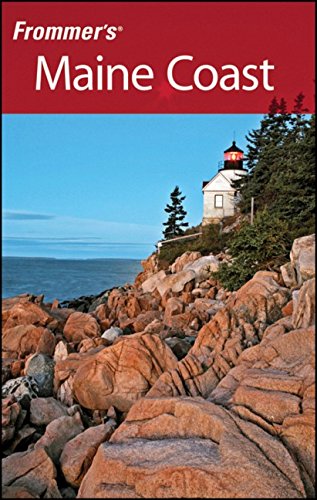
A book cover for Frommer's Maine Coast (Frommer's Complete Guides); Paul Karr; Travel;